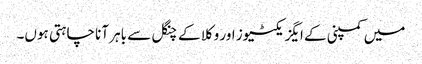
میں کمپنی کے ایگزیکٹیوز اور وکلا کے چنگل سے باہر آنا چاہتی ہوں۔